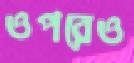
ওপরেও